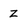
Character: Z